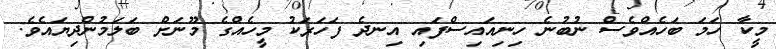
މީކާ ހަމަ ބަހެއްވެސް ނުބުނެ ހިނިއައިސްފައި އިނދެ ފަހަރަކު މީހެއްގެ މޫނަށް ބަލަމުންދިޔައެވެ.